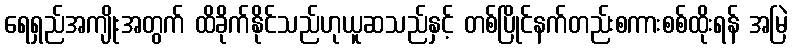
ရေရှည်အကျိုးအတွက် ထိခိုက်နိုင်သည်ဟုယူဆသည်နှင့် တစ်ပြိုင်နက်တည်းစကားစစ်ထိုးရန် အမြဲ